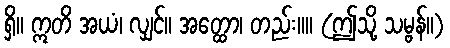
ရှိ။ ဣတိ အယံ၊ လျှင်။ အတ္ထော၊ တည်း။။ (ဤသို့ သမ္ဗန်။)